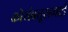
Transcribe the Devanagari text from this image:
कोयंबत्तूरहवाई